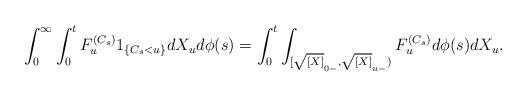
LaTeX: \begin{align*} \int_{0}^{\infty} \int_{0}^{t}F_u^{(C_s)} 1_{\{ C_{s} < u \}} dX_u d\phi(s) =\int_{0}^{t} \int_{[\sqrt{[X]}_{0-},\sqrt{[X]}_{u-})} F^{(C_s)}_u d\phi(s) dX_u .\end{align*}